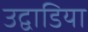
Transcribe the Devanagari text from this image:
उद्वाडिया